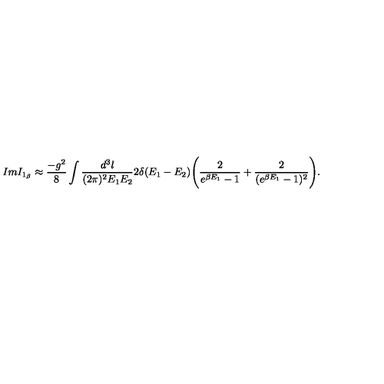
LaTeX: I m I _ { 1 _ { \beta } } \approx \frac { - g ^ { 2 } } { 8 } \int \frac { d ^ { 3 } l } { ( 2 \pi ) ^ { 2 } E _ { 1 } E _ { 2 } } 2 \delta ( E _ { 1 } - E _ { 2 } ) \Bigg ( \frac { 2 } { e ^ { \beta E _ { 1 } } - 1 } + \frac { 2 } { ( e ^ { \beta E _ { 1 } } - 1 ) ^ { 2 } } \Bigg ) .